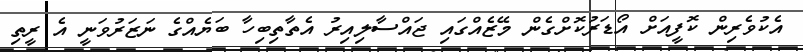
އެކުވެރިން ކޮފީއަށް އޯޑަރުކޮށްގެން މޭޒެއްގައި ޖައްސާލިއިރު އެތާތިބިހާ ބަޔެއްގެ ނަޒަރުވަނީ އެ ރީތި